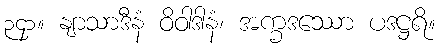
၃၄၁။ နျာသာဒီနံ ဝိဝါဒါနံ၊ အက္ခဒဿော ပဒဋ္ဌရိ။